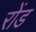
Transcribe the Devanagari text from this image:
रोंड